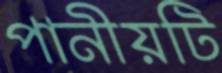
পানীয়টি